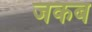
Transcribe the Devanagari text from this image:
जकब